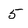
Character: 5